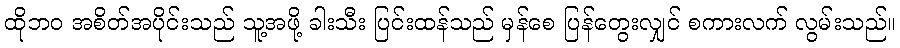
ထိုဘဝ အစိတ်အပိုင်းသည် သူ့အဖို့ ခါးသီး ပြင်းထန်သည် မှန်စေ ပြန်တွေးလျှင် စကားလက် လွမ်းသည်။